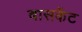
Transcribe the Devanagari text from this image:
बासकेंट